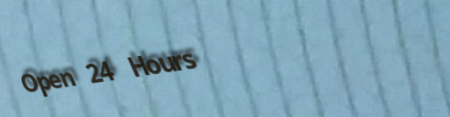
Open 24 Hours